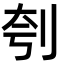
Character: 刳